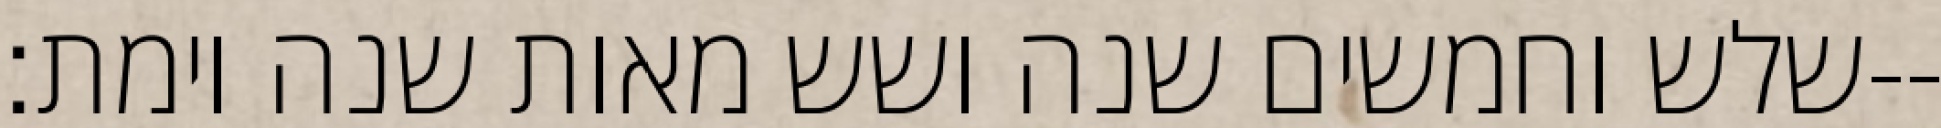
שלש וחמשים שנה ושש מאות שנה וימת׃--